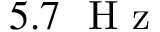
5 . 7 \ \mathrm { ~ H ~ z ~ }